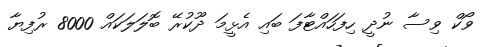
ވޯކް ވިސާ ނުދީ ހިފަހައްޓާފަ ބައި އެޅީމަ ދޫކުރޭ ބޮލަލަކައް 8000 ރުފިޔާ